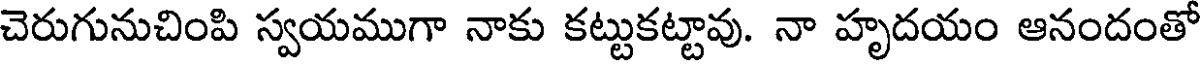
చెరుగునుచింపి స్వయముగా నాకు కట్టుకట్టావు. నా హృదయం ఆనందంతో